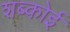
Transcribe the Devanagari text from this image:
शब्कोई